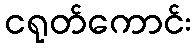
ငရုတ်ကောင်း